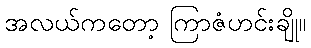
အလယ်ကတော့ ကြာဇံဟင်းချို။